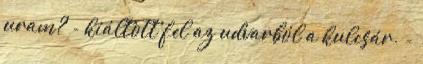
uram? - kiáltott fel az udvarból a kulcsár. -